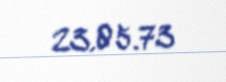
23.05.73